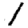
Digit: 1